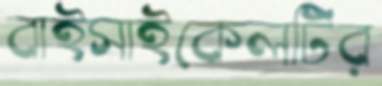
বাইসাইকেলটির